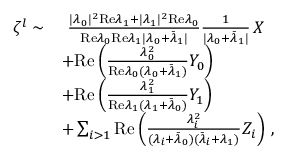
\begin{array} { r l } { \zeta ^ { l } \sim } & { ~ \frac { \vert \lambda _ { 0 } \vert ^ { 2 } \mathrm { R e } \lambda _ { 1 } + \vert \lambda _ { 1 } \vert ^ { 2 } \mathrm { R e } \lambda _ { 0 } } { \mathrm { R e } \lambda _ { 0 } \mathrm { R e } \lambda _ { 1 } \vert \lambda _ { 0 } + \bar { \lambda } _ { 1 } \vert } \frac { 1 } { \vert \lambda _ { 0 } + \bar { \lambda } _ { 1 } \vert } \, X } \\ & { + \mathrm { R e } \left( \frac { \lambda _ { 0 } ^ { 2 } } { \mathrm { R e } \lambda _ { 0 } ( \lambda _ { 0 } + \bar { \lambda } _ { 1 } ) } Y _ { 0 } \right) } \\ & { + \mathrm { R e } \left( \frac { \lambda _ { 1 } ^ { 2 } } { \mathrm { R e } \lambda _ { 1 } ( \lambda _ { 1 } + \bar { \lambda } _ { 0 } ) } Y _ { 1 } \right) } \\ & { + \sum _ { i > 1 } \mathrm { R e } \left( \frac { \lambda _ { i } ^ { 2 } } { ( \lambda _ { i } + \bar { \lambda } _ { 0 } ) ( \bar { \lambda } _ { i } + \lambda _ { 1 } ) } Z _ { i } \right) \, , } \end{array}